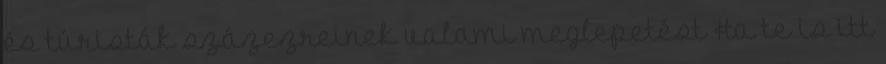
és túristák százezreinek valami meglepetést Ha te is itt